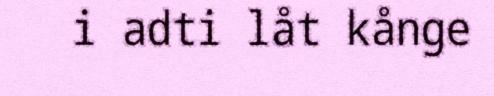
i adti låt kånge